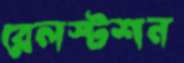
রেলস্টশন